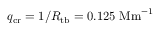
q _ { \mathrm { c r } } = 1 / R _ { \mathrm { t b } } = 0 . 1 2 5 \ \mathrm { M m } ^ { - 1 }